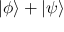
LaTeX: | \phi \rangle + | \psi \rangle